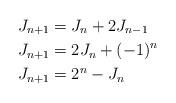
LaTeX: \begin{align*}J_{n+1} &= J_n + 2J_{n-1} \\J_{n+1} &= 2J_n + (-1)^n \\J_{n+1} &= 2^n - J_{n} \end{align*}